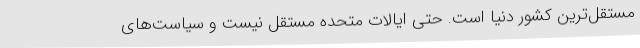
مستقل‌ترین کشور دنیا است. حتی ایالات متحده مستقل نیست و سیاست‌های